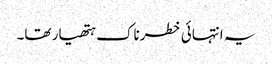
یہ انتہائی خطرناک ہتھیار تھا۔